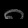
Digit: ၈